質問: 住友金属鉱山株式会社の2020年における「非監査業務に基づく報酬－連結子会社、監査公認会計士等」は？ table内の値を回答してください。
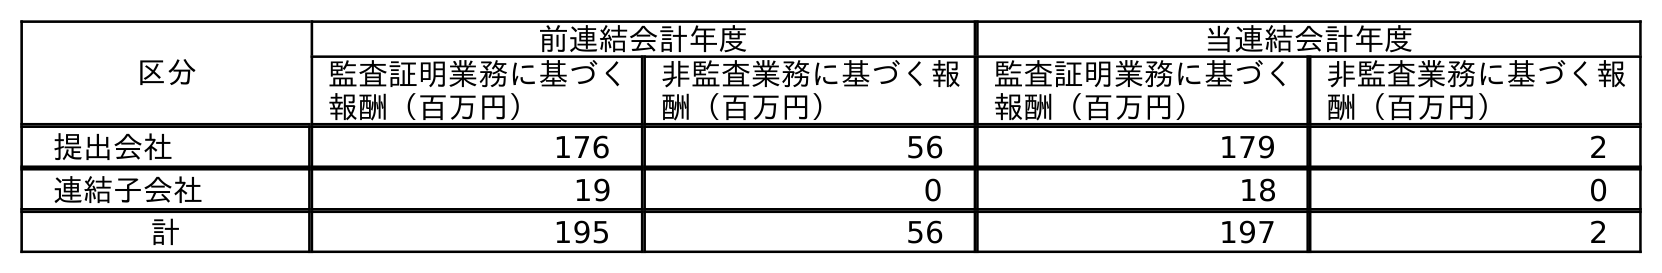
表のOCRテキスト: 区分 前連結会計年度 当連結会計年度 監査証明業務に基づく 報酬（百万円） 非監査業務に基づく報 酬（百万円） 監査証明業務に基づく 報酬（百万円） 非監査業務に基づく報 酬（百万円） 提出会社 176 56 179 2 連結子会社 19 0 18 0 計 195 56 197 2
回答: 0